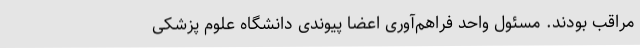
مراقب بودند. مسئول واحد فراهم‌آوری اعضا پیوندی دانشگاه علوم پزشکی